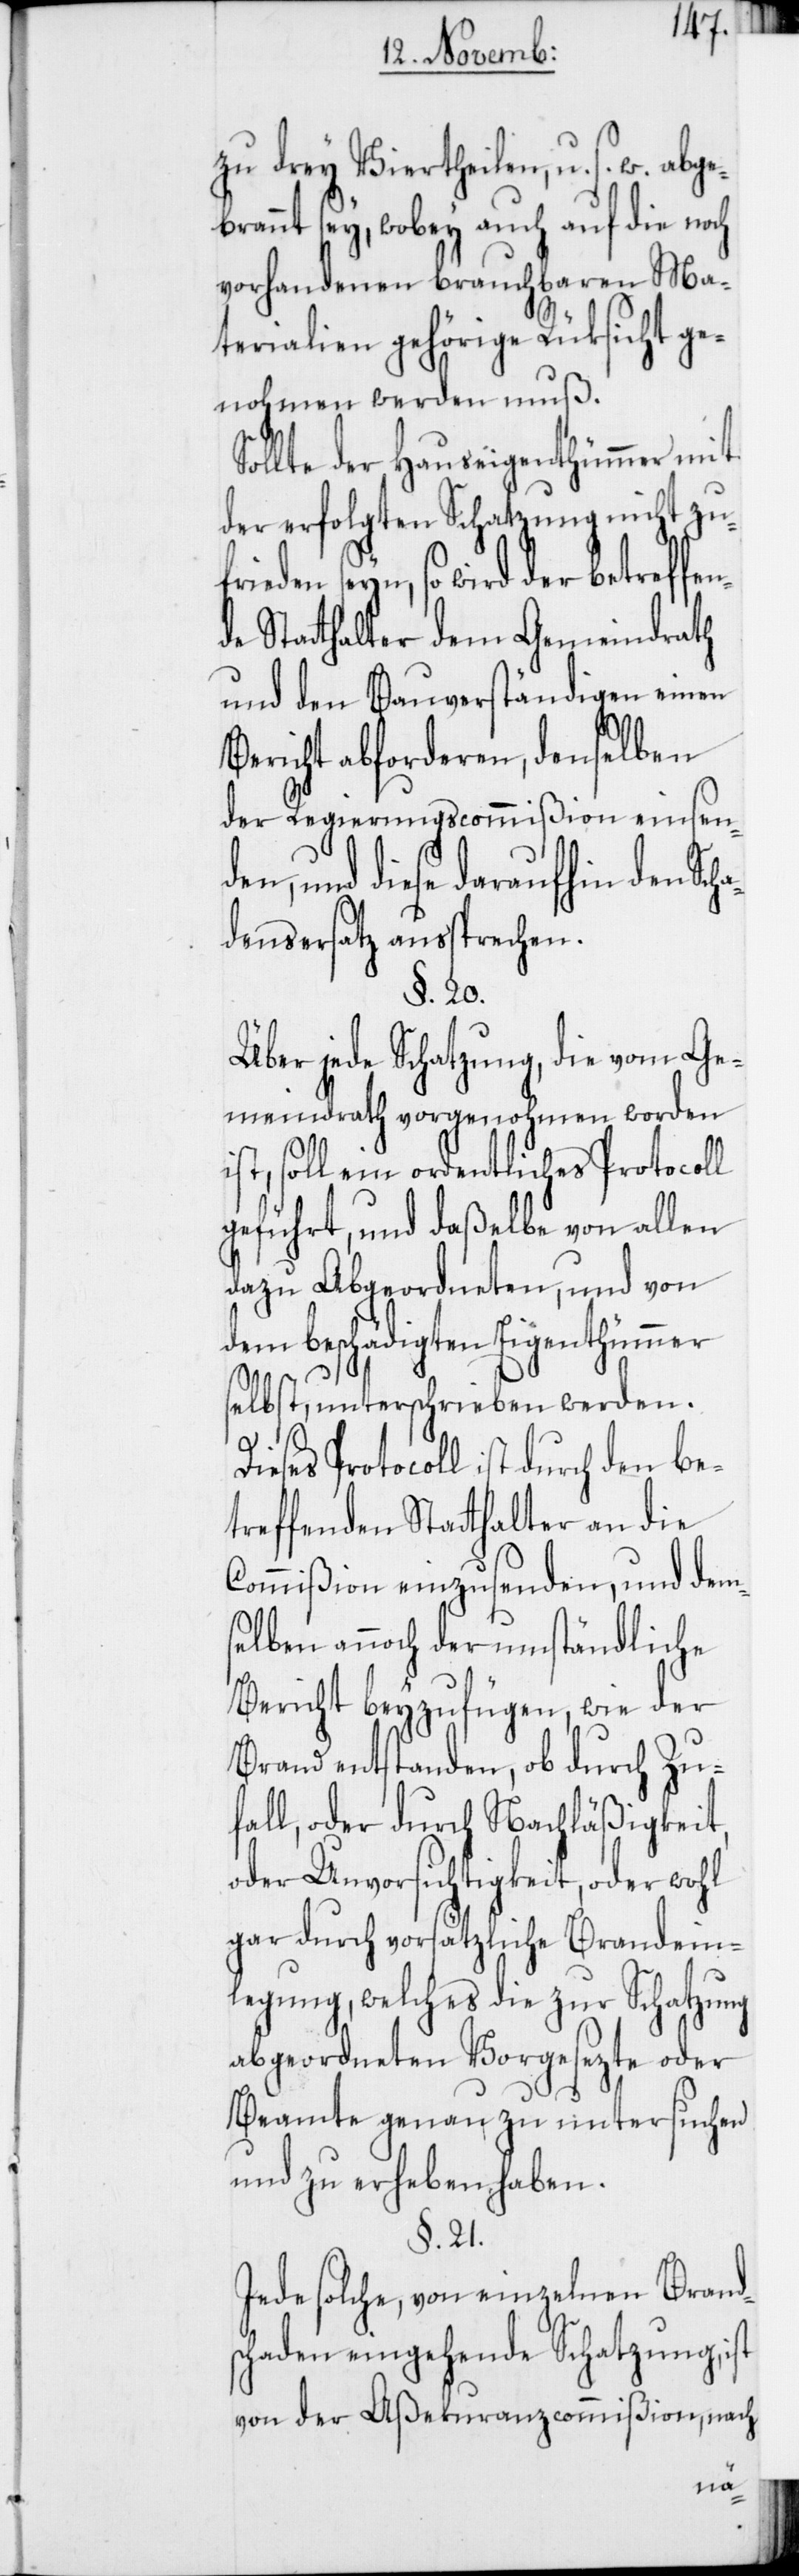
zu drey Viertheilen u. s. w. abg¬
ebrannt sey, wobey auch auf die noch
vorhandenen brauchbaren Ma¬
terialien gehörige Rüksicht ge¬
nohmen werden muß.
Sollte der Hauseigenthümmer mit
der erfolgten Schatzung nicht zu¬
seyn, so wird der betreffe¬
de Statthalter dem Gemeindrath
und den Bauverständigen einen
Bericht abforderen, denselben
der Regierungscommißion einsende¬
n, und diese daraufhin den Sc¬
densersatz aussprechen.
§. 20.
Über jede Schatzung, die vom Ge¬
meindrath vorgenohmen worden
soll ein ordentliches Protocoll
geführt, und daßelbe von allen
dazu Abgeordneten, und von
hümmer
beschädigten Eigent¬
selbst, unterschrieben werden.
Protocoll ist durch den be¬
treffenden Statthalter an die
Commißion einzusenden, und dem¬
selben annoch der umständliche
Bericht beyzufügen, wie der
Brand entstanden, ob durch Zu¬
fall, oder durch Nachläßigkeit,
oder Unvorsichtigkeit, oder wohl
gar durch vorsätzliche Brandein¬
legung, welches die zur Schatzung
abgeordneten Vorgesezte oder
Beamte genau zu untersuchen
und zu erheben haben.
§. 21.
Jede solche, von einzelnen Brands¬
chaden eingehende Schatzung, ist
von der Aßekuranzcommißion, nach
ha¬